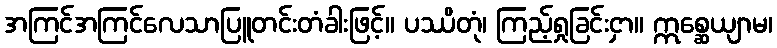
အကြင်အကြင်လေသာပြူတင်းတံခါးဖြင့်။ ပဿိတုံ၊ ကြည့်ရှုခြင်းငှာ။ ဣစ္ဆေယျာမ၊